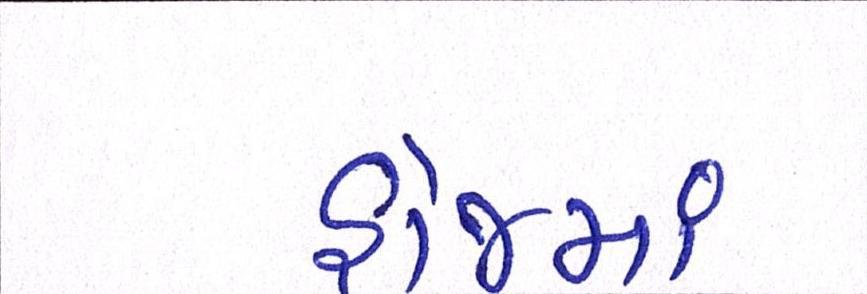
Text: હોજમાં